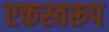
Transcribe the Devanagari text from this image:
एकस्वरूप